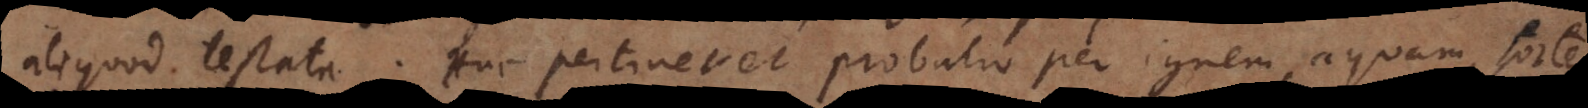
aliquod testata. Huc pertinet et probatio per ignem, aquam, sortem,